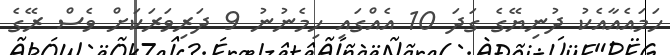
ހަމައެއާއެކު ދުނިޔޭގެ ގަދަ 10 އެއްގައި ހިމެނުނު 9 ދަރިވަރަކަށް ވެސް ރޭގެ